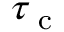
\tau _ { \textup { c } }